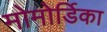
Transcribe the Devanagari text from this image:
मोमोर्डिका